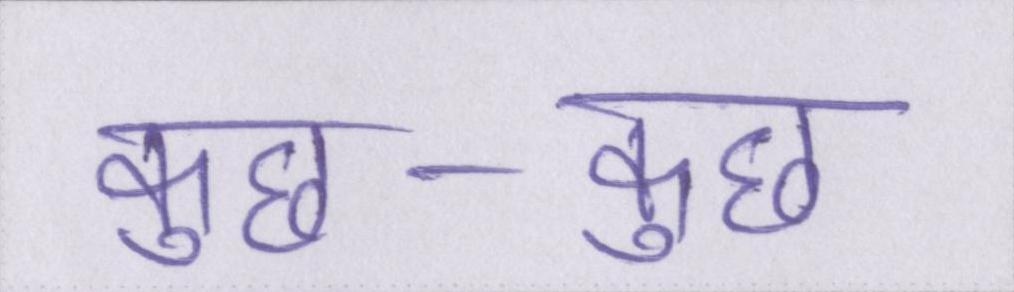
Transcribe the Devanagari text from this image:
कुछ-कुछ